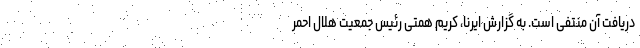
دریافت آن منتفی است. به گزارش ایرنا، کریم همتی رئیس جمعیت هلال احمر